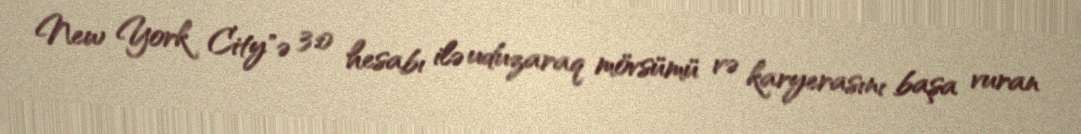
New York City"ə 3:0 hesabı ilə uduzaraq mövsümü və karyerasını başa vuran